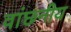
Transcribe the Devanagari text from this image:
वांछ्नीय